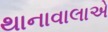
થાનાવાલાએ